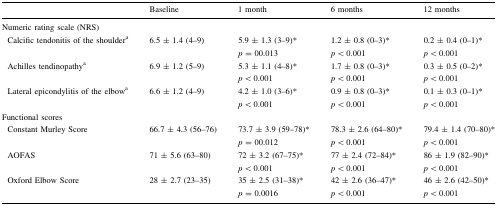
<table><thead><tr><td></td><td><b>Baseline</b></td><td><b>1 month</b></td><td><b>6 months</b></td><td><b>12 months</b></td></tr></thead><tbody><tr><td colspan="5">Numeric rating scale (NRS)</td></tr><tr><td> Calcific tendonitis of the shoulder<sup>a</sup></td><td>6.5 ± 1.4 (4–9)</td><td>5.9 ± 1.3 (3–9)*<i>p</i> = 00.013</td><td>1.2 ± 0.8 (0–3)*<i>p</i> &lt; 0.001</td><td>0.2 ± 0.4 (0–1)*<i>p</i> &lt; 0.001</td></tr><tr><td> Achilles tendinopathy<sup>a</sup></td><td>6.9 ± 1.2 (5–9)</td><td>5.3 ± 1.1 (4–8)*<i>p</i> &lt; 0.001</td><td>1.7 ± 0.8 (0–3)*<i>p</i> &lt; 0.001</td><td>0.3 ± 0.5 (0–2)*<i>p</i> &lt; 0.001</td></tr><tr><td> Lateral epicondylitis of the elbow<sup>a</sup></td><td>6.6 ± 1.2 (4–9)</td><td>4.2 ± 1.0 (3–6)*<i>p</i> &lt; 0.001</td><td>0.9 ± 0.8 (0–3)*<i>p</i> &lt; 0.001</td><td>0.1 ± 0.3 (0–1)*<i>p</i> &lt; 0.001</td></tr><tr><td colspan="5">Functional scores</td></tr><tr><td> Constant Murley Score</td><td>66.7 ± 4.3 (56–76)</td><td>73.7 ± 3.9 (59–78)*<i>p</i> = 00.012</td><td>78.3 ± 2.6 (64–80)*<i>p</i> &lt; 0.001</td><td>79.4 ± 1.4 (70–80)*<i>p</i> &lt; 0.001</td></tr><tr><td> AOFAS</td><td>71 ± 5.6 (63–80)</td><td>72 ± 3.2 (67–75)*<i>p</i> &lt; 0.001</td><td>77 ± 2.4 (72–84)*<i>p</i> &lt; 0.001</td><td>86 ± 1.9 (82–90)*<i>p</i> &lt; 0.001</td></tr><tr><td> Oxford Elbow Score</td><td>28 ± 2.7 (23–35)</td><td>35 ± 2.5 (31–38)*<i>p</i> = 0.0016</td><td>42 ± 2.6 (36–47)*<i>p</i> &lt; 0.001</td><td>46 ± 2.6 (42–50)*<i>p</i> &lt; 0.001</td></tr></tbody></table>